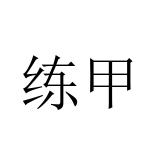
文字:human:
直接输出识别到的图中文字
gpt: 练甲